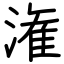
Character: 潅